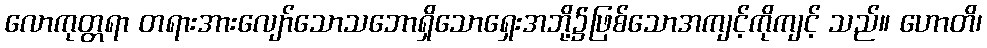
လောကုတ္တရာ တရားအားလျော်သောသဘောရှိသောရှေးအဘို့၌ဖြစ်သောအကျင့်ကိုကျင့် သည်။ ဟောတိ၊